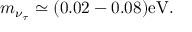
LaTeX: m _ { \nu _ { \tau } } \simeq ( 0 . 0 2 - 0 . 0 8 ) \mathrm { e V } .